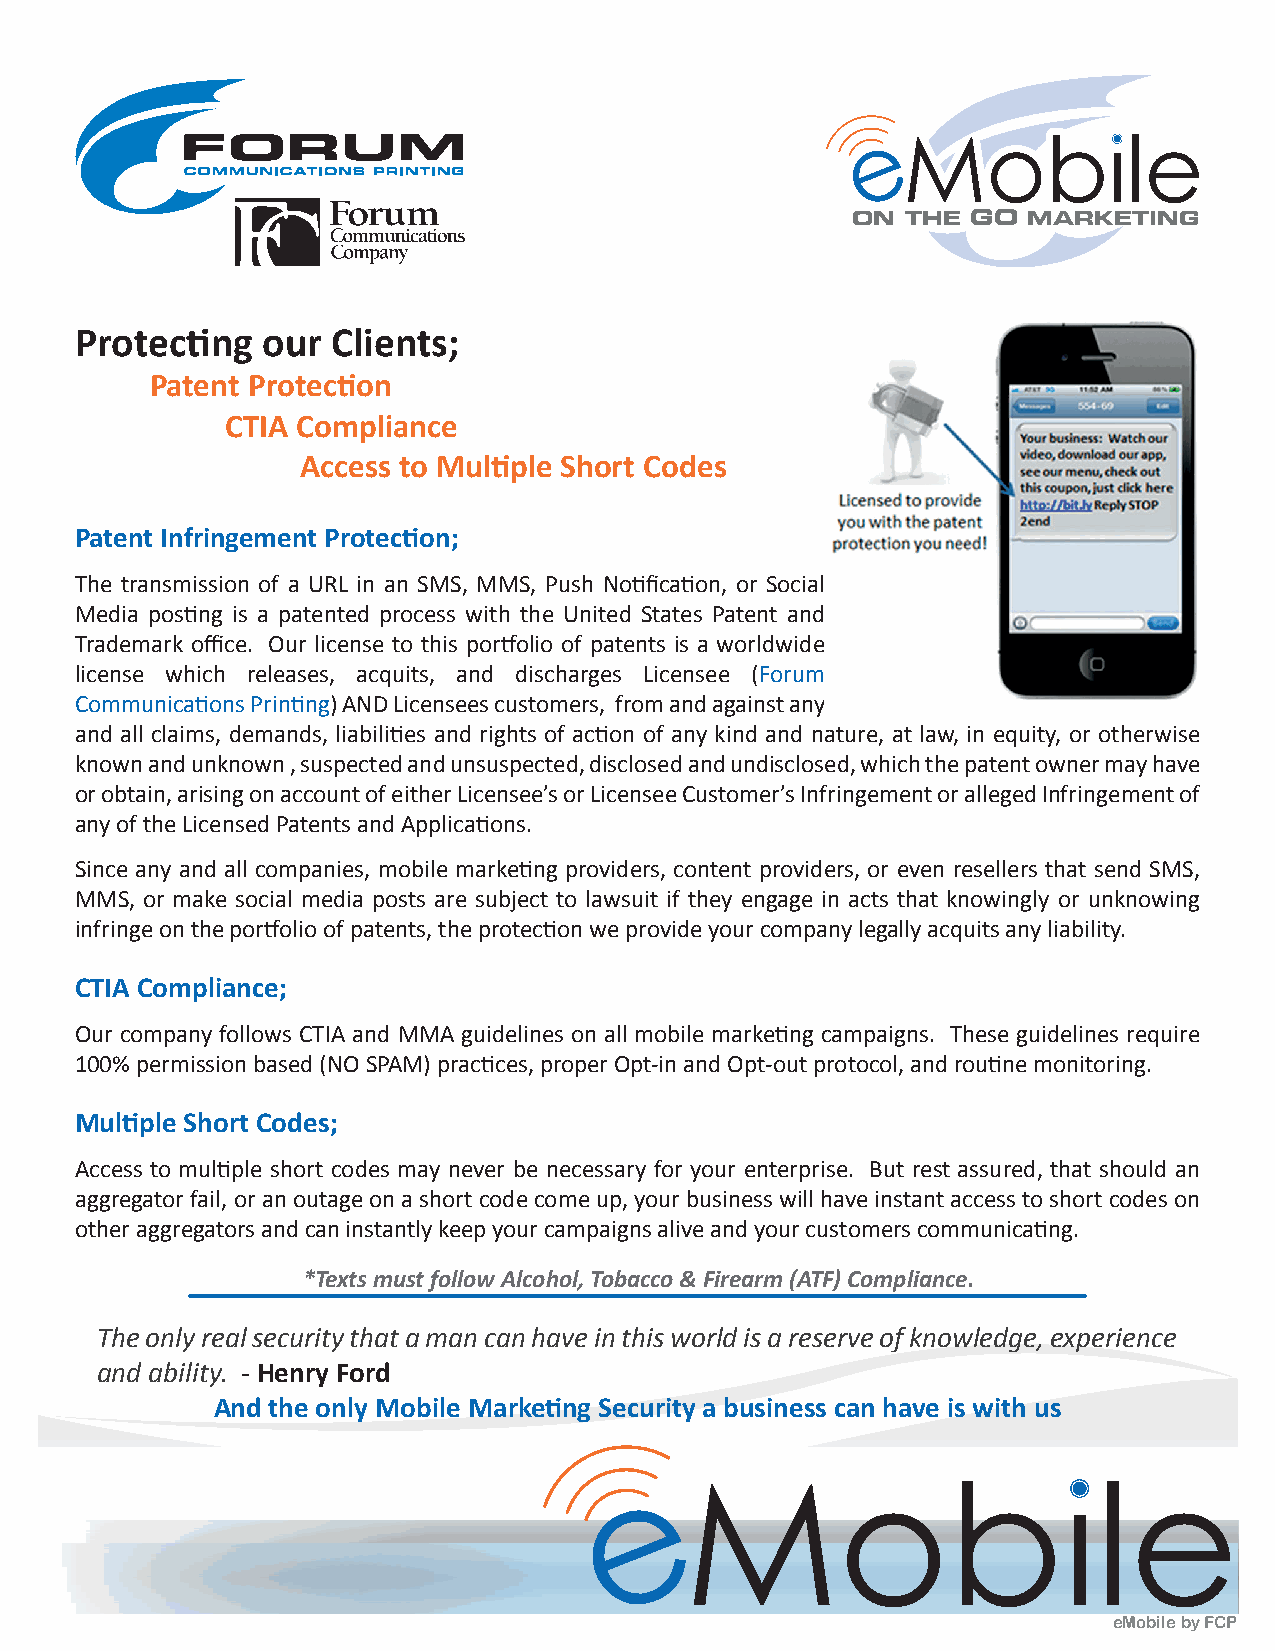
ON  THE GO  MARKETING
 Protecting  our  Clients;
 Patent Protection
 CTIA Compliance
 Access to Multiple Short Codes
 Patent Infringement Protection;
 The transmission of a URL in an SMS, MMS, Push Notification, or Social
 Media posting is a patented process with the United States Patent and
 Trademark office. Our license to this portfolio of patents is a worldwide
 license which releases, acquits, and discharges Licensee (Forum
 Communications Printing) AND Licensees customers, from and against any
 and all claims, demands, liabilities and rights of action of any kind and nature, at law, in equity, or otherwise
 known and unknown , suspected and unsuspected, disclosed and undisclosed, which the patent owner may have
 or obtain, arising on account of either Licensee’s or Licensee Customer’s Infringement or alleged Infringement of
 any of the Licensed Patents and Applications.
 Since any and all companies, mobile marketing providers, content providers, or even resellers that send SMS,
 MMS, or make social media posts are subject to lawsuit if they engage in acts that knowingly or unknowing
 infringe on the portfolio of patents, the protection we provide your company legally acquits any liability.
 CTIA Compliance;
 Our company follows CTIA and MMA guidelines on all mobile marketing campaigns. These guidelines require
 100% permission based (NO SPAM) practices, proper Opt-in and Opt-out protocol, and routine monitoring.
 Multiple Short Codes;
 Access to multiple short codes may never be necessary for your enterprise. But rest assured, that should an
 aggregator fail, or an outage on a short code come up, your business will have instant access to short codes on
 other aggregators and can instantly keep your campaigns alive and your customers communicating.
 *Texts must follow Alcohol, Tobacco & Firearm (ATF) Compliance.
 The only real security that a man can have in this world is a reserve of knowledge, experience
 and ability. - Henry Ford
 And the only Mobile Marketing Security a business can have is with us
 eMobile by FCP